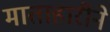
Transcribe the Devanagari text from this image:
माताहारीने